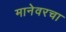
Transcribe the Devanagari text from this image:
मानेवरचा